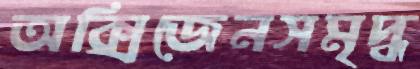
অক্সিজেনসমৃদ্ধ